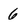
Character: 6